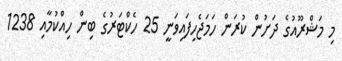
މި މަޝްރޫއުގެ ދަށުން ކުރަން ހަމަޖެހިފައިވަނީ 25 ހެކްޓަރުގެ ބިން ހިއްކުމާއި 1238